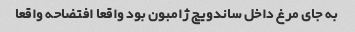
به جای مرغ داخل ساندویچ ژامبون بود واقعا افتضاحه واقعا